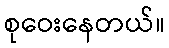
စုဝေးနေတယ်။